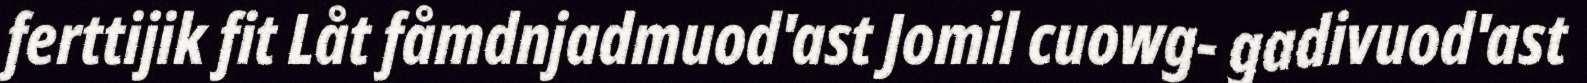
ferttijik fit Låt fåmdnjadmuod'ast Jomil cuowg- gadivuod'ast